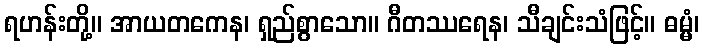
ရဟန်းတို့။ အာယတကေန၊ ရှည်စွာသော။ ဂီတဿရေန၊ သီချင်းသံဖြင့်။ ဓမ္မံ၊